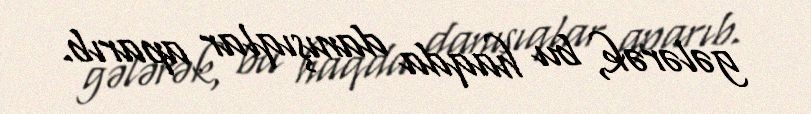
gələrək, bu haqda danışıqlar aparıb.